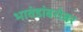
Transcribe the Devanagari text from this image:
भावंडांबरोबर